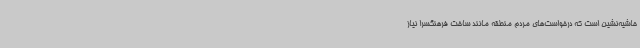
حاشیه‌نشین است که درخواست‌های مردم منطقه مانند ساخت فرهنگسرا نیاز